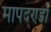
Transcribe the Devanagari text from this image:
मापद्ण्डों